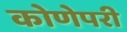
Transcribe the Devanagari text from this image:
कोणेपरी